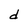
Character: d